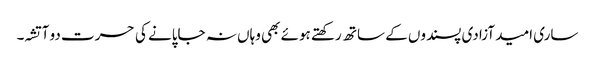
ساری امید آزادی پسندوں کے ساتھ رکھتے ہوئے بھی وہاں نہ جاپانے کی حسرت دو آتشہ۔